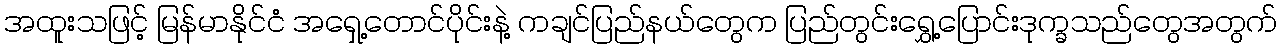
အထူးသဖြင့် မြန်မာနိုင်ငံ အရှေ့တောင်ပိုင်းနဲ့ ကချင်ပြည်နယ်တွေက ပြည်တွင်းရွှေ့ပြောင်းဒုက္ခသည်တွေအတွက်